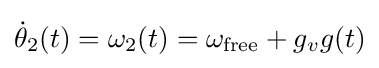
{\dot {\theta }}_{2}(t)=\omega _{2}(t)=\omega _{\text{free}}+g_{v}g(t)